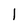
Character: I